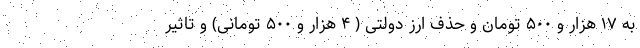
به ۱۷ هزار و ۵۰۰ تومان و حذف ارز دولتی ( ۴ هزار و ۵۰۰ تومانی) و تاثیر